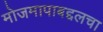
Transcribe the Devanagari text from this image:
मोजमापाबद्दलचा